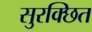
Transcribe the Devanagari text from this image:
सुरक्छित